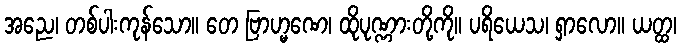
အညေ၊ တစ်ပါးကုန်သော။ တေ ဗြာဟ္မဏေ၊ ထိုပုဏ္ဏားတို့ကို။ ပရိယေသ၊ ရှာလော။ ယတ္ထ၊